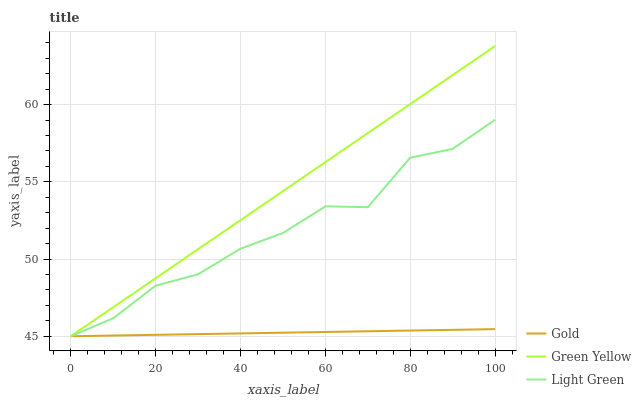
| xaxis_label | Gold | Green Yellow | Light Green |
 | --- | --- | --- | --- |
 | 0 | 45 | 45 | 45 |
 | 10 | 45 | 46.9 | 46.2 |
 | 20 | 45.1 | 48.8 | 48.3 |
 | 30 | 45.1 | 50.6 | 49 |
 | 40 | 45.2 | 52.5 | 50.7 |
 | 50 | 45.2 | 54.4 | 51.7 |
 | 60 | 45.3 | 56.3 | 53.4 |
 | 70 | 45.3 | 58.2 | 53.4 |
 | 80 | 45.4 | 60 | 56.6 |
 | 90 | 45.4 | 61.9 | 57.1 |
 | 100 | 45.5 | 63.8 | 59 |